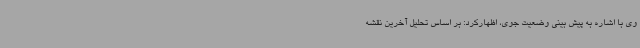
وی با اشاره به پیش بینی وضعیت جوی، اظهارکرد: بر اساس تحلیل آخرین نقشه